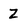
Character: Z